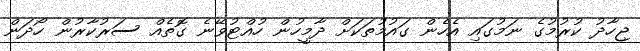
ޖިހާދު ކުރުމުގެ ނަމުގައި އެހެން ގައުމުތަކަށް ދާމީހުން ހުއްޓުވޭނެ ގޮތެއް ސަރުކާރުން ހޯދަން